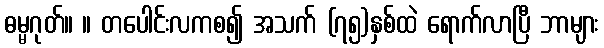
ဓမ္မဂုတ်။ ။ တပေါင်းလကစ၍ အသက် (၇၅)နှစ်ထဲ ရောက်လာပြီ ဘာများ